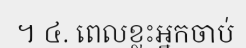
។ ៤. ពេលខ្លះអ្នកចាប់